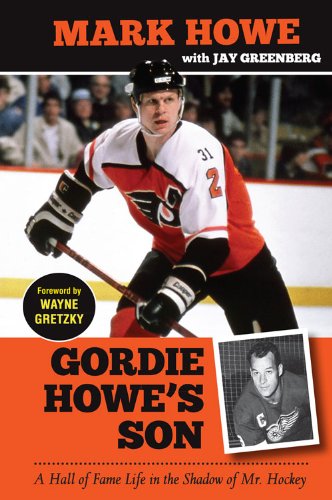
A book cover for Gordie Howe's Son: A Hall of Fame Life in the Shadow of Mr. Hockey; Mark Howe; Biographies & Memoirs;